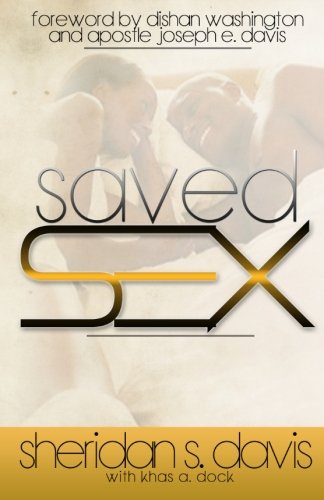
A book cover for Saved Sex; Sheridan S Davis; Religion & Spirituality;